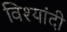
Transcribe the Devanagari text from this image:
विश्यांदी